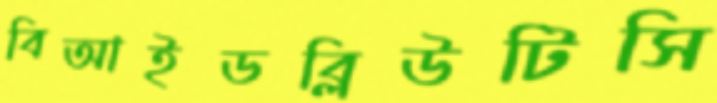
বিআইডব্লিউটিসি